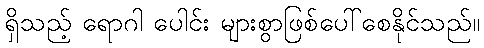
ရှိသည့် ရောဂါ ပေါင်း များစွာဖြစ်ပေါ်စေနိုင်သည်။